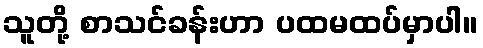
သူတို့ စာသင်ခန်းဟာ ပထမထပ်မှာပါ။